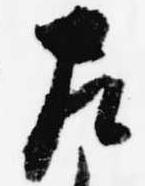
左